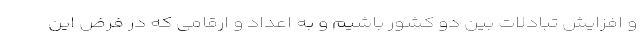
و افزایش تبادلات بین دو کشور باشیم و به اعداد و ارقامی که در فرض این